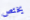
يختص